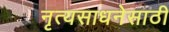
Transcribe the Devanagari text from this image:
नृत्यसाधनेसाठी